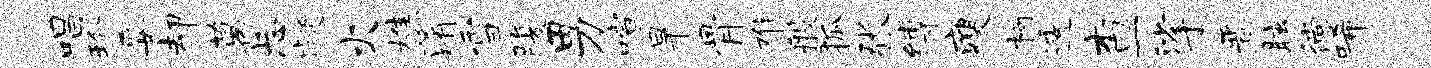
唱珍妥却葛忐凝火樵淆雪腹男喧旱骨难般狐张缚瘦柯透查挲晋眩徜唏